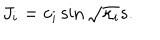
LaTeX: J _ { i } = c _ { i } \sin \sqrt { \kappa _ { i } } s .